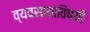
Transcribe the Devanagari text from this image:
व्यवसायाविषयी